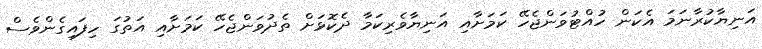
އަނިޔާކުރާނަމަ އެކަން ހުއްޓުވަންޖެހޭ ކަމަށާއި އަނިޔާވެރިކަމާ ދެކޮޅަށް ތެދުވަންޖެހޭ ކަމަށާއި އަތުގަ ހިފައިގެންވެސް